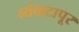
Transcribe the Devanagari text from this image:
व्यंकटापूर